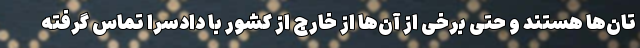
تان‌ها هستند و حتی برخی از آن‌ها از خارج از کشور با دادسرا تماس گرفته